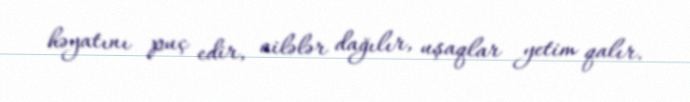
həyatını puç edir, ailələr dağılır, uşaqlar yetim qalır.